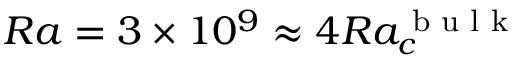
R a = 3 \times 1 0 ^ { 9 } \approx 4 R a _ { c } ^ { \textrm { b u l k } }